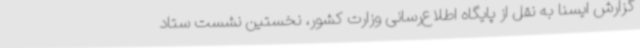
گزارش ایسنا به نقل از پایگاه اطلاع‌رسانی وزارت کشور، نخستین نشست ستاد